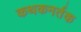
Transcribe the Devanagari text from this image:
कथकनर्तक